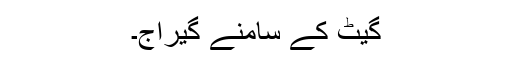
گیٹ کے سامنے گیراج۔